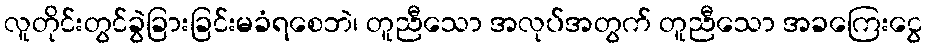
လူတိုင်းတွင်ခွဲခြားခြင်းမခံရစေဘဲ၊ တူညီသော အလုပ်အတွက် တူညီသော အခကြေးငွေ